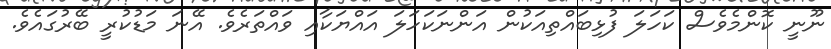
ނޫނީ ކޮންމެވެސް ކަހަލަ ފުޅިބައްތިއަކުން އަންނަކަހަލަ އައްޔަކާއި ވައްތަރެވެ. އޭނަ މަޑުކުރީ ބޭރުގައެވެ.